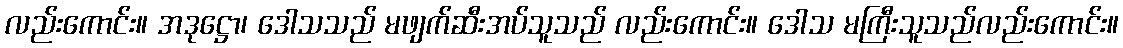
လည်းကောင်း။ အဒုဋ္ဌော၊ ဒေါသသည် မဖျက်ဆီးအပ်သူသည် လည်းကောင်း။ ဒေါသ မကြီးသူသည်လည်းကောင်း။